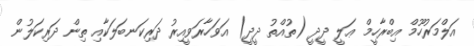
އަލްމަރުހޫމް އިބްރާހީމް ޢަލީ ދީދީ (ތުއްތު ދީދީ) އަވަހާރަވީއިރު ދަރިކަނބަލަކާއި ތިން ދަރިކަލުން